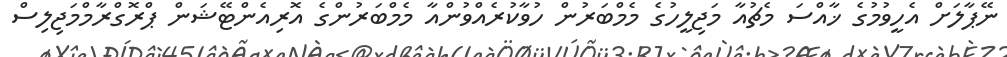
ނޭޕާލަށް އެހީވުމުގެ ޚާއްސަ މެޗުއާ މަޖިލީހުގެ މެމްބަރުން ހުވާކުރެއްވުންއާ މެމްބަރުންގެ އޮރިއެންޓޭޝަން ޕްރޮގްރާމްމަޖިލިސް